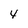
Character: 4